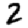
Digit: 2